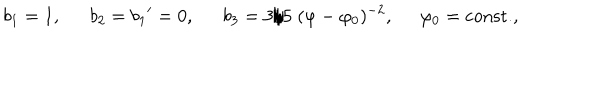
LaTeX: b _ { 1 } = 1 , \ \ b _ { 2 } = { b _ { 1 } } ^ { \prime } = 0 , \ \ b _ { 3 } = { 3 } / { 5 } \; ( \varphi - \varphi _ { 0 } ) ^ { - 2 } , \; \; \varphi _ { 0 } = \mathrm { c o n s t . } ,